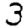
Digit: 3